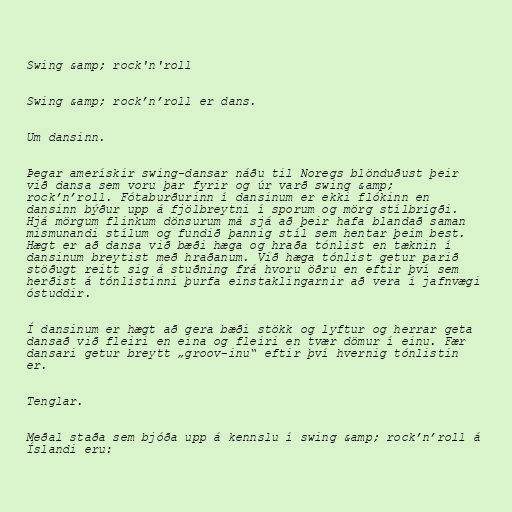
Swing &amp; rock'n'roll

Swing &amp; rock’n’roll er dans.

Um dansinn.

Þegar amerískir swing-dansar náðu til Noregs blönduðust þeir
við dansa sem voru þar fyrir og úr varð swing &amp;
rock’n’roll. Fótaburðurinn í dansinum er ekki flókinn en
dansinn býður upp á fjölbreytni í sporum og mörg stílbrigði.
Hjá mörgum flinkum dönsurum má sjá að þeir hafa blandað saman
mismunandi stílum og fundið þannig stíl sem hentar þeim best.
Hægt er að dansa við bæði hæga og hraða tónlist en tæknin í
dansinum breytist með hraðanum. Við hæga tónlist getur parið
stöðugt reitt sig á stuðning frá hvoru öðru en eftir því sem
herðist á tónlistinni þurfa einstaklingarnir að vera í jafnvægi
óstuddir.

Í dansinum er hægt að gera bæði stökk og lyftur og herrar geta
dansað við fleiri en eina og fleiri en tvær dömur í einu. Fær
dansari getur breytt „groov-inu“ eftir því hvernig tónlistin
er.

Tenglar.

Meðal staða sem bjóða upp á kennslu í swing &amp; rock’n’roll á
Íslandi eru: